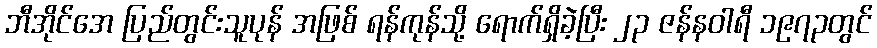
ဘီအိုင်အေ ပြည်တွင်းသူပုန် အဖြစ် ရန်ကုန်သို့ ရောက်ရှိခဲ့ပြီး ၂၃ ဇန်နဝါရီ ၁၉၇၃တွင်